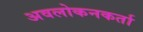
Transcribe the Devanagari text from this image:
अवलोकनकर्ता